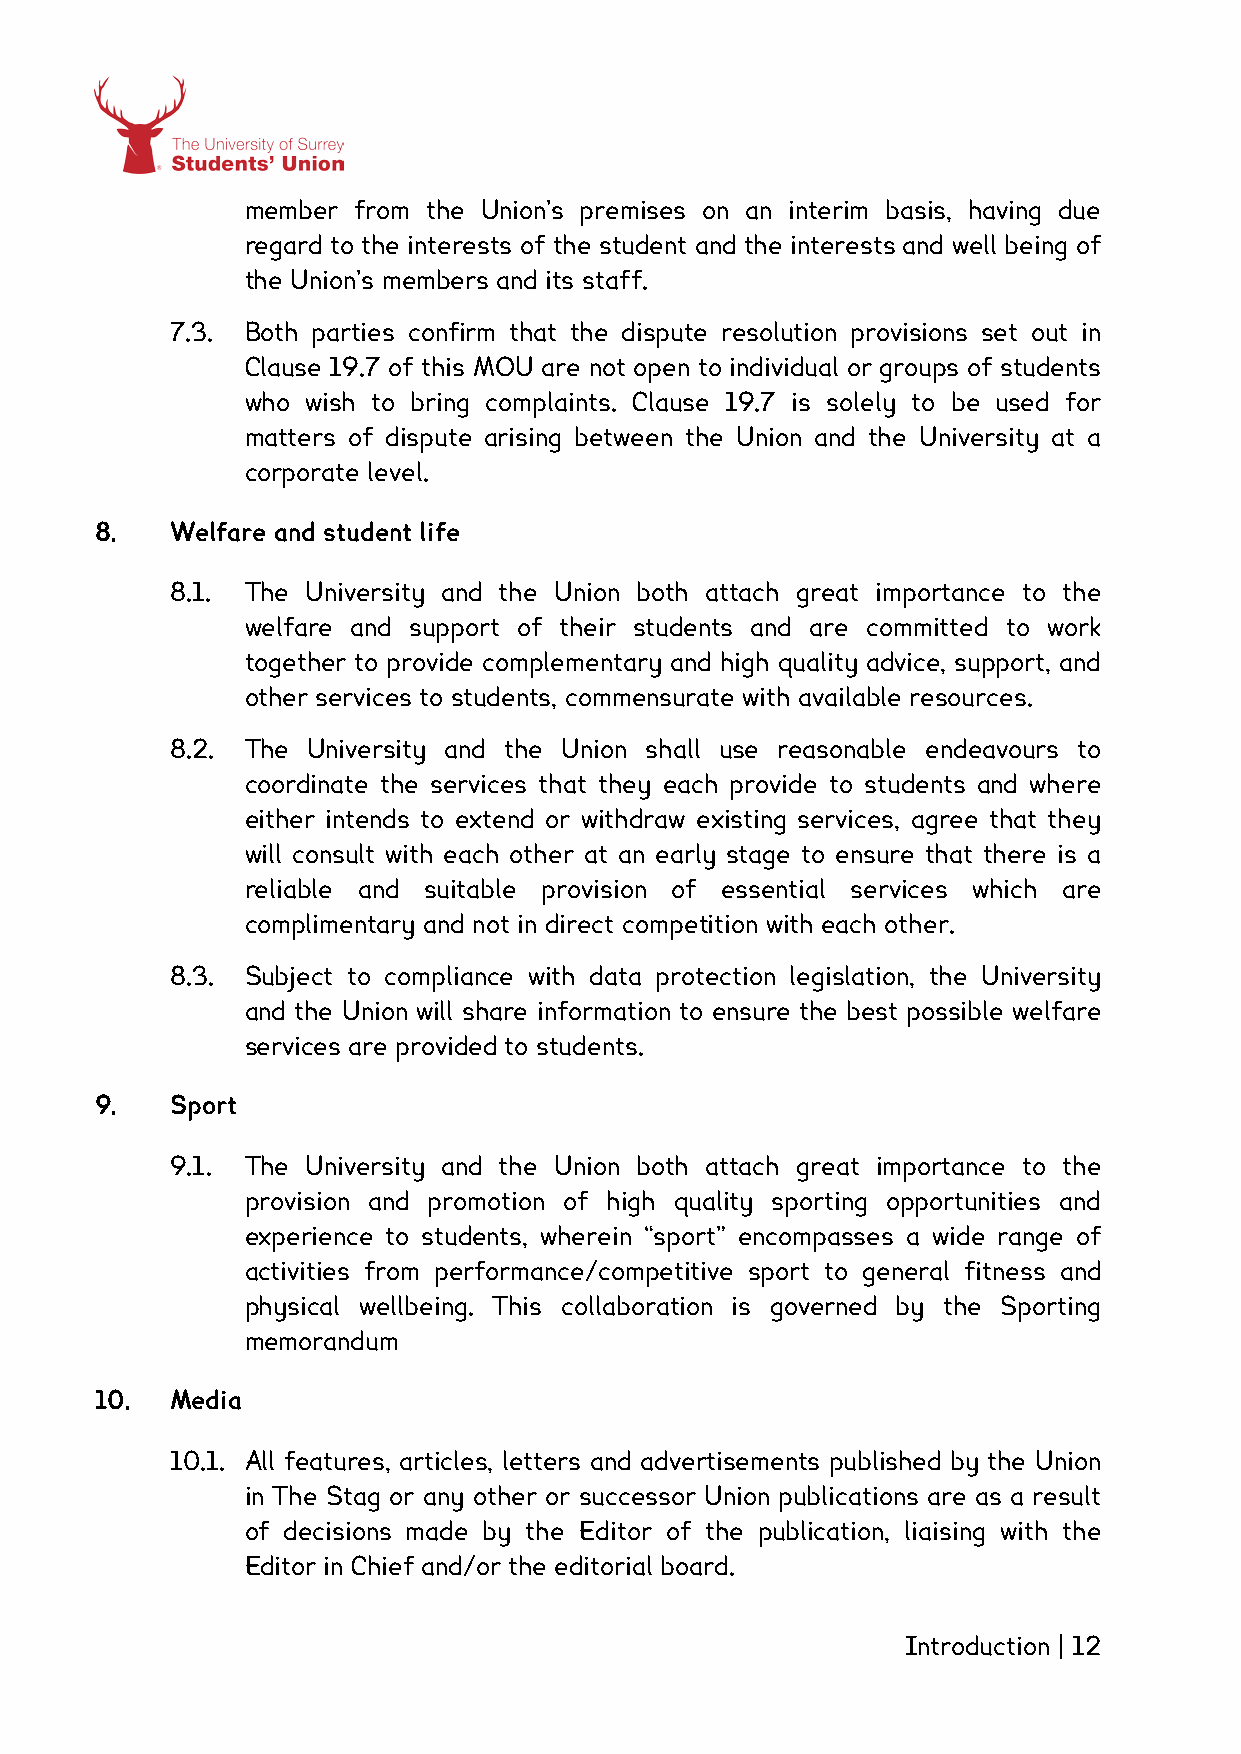
member from the Union’s premises on an interim basis, having due
 regard to the interests of the student and the interests and well being of
 the Union’s members and its staff.
 7.3. Both parties confirm that the dispute resolution provisions set out in
 Clause 19.7 of this MOU are not open to individual or groups of students
 who wish to bring complaints. Clause 19.7 is solely to be used for
 matters of dispute arising between the Union and the University at a
 corporate level.
 8.   Welfare and student life
 8.1. The University and the Union both attach great importance to the
 welfare and support of their students and are committed to work
 together to provide complementary and high quality advice, support, and
 other services to students, commensurate with available resources.
 8.2. The University and the Union shall use reasonable endeavours to
 coordinate the services that they each provide to students and where
 either intends to extend or withdraw existing services, agree that they
 will consult with each other at an early stage to ensure that there is a
 reliable and suitable provision of essential services which are
 complimentary and not in direct competition with each other.
 8.3. Subject to compliance with data protection legislation, the University
 and the Union will share information to ensure the best possible welfare
 services are provided to students.
 9.   Sport
 9.1. The University and the Union both attach great importance to the
 provision and promotion of high quality sporting opportunities and
 experience to students, wherein “sport” encompasses a wide range of
 activities from performance/competitive sport to general fitness and
 physical wellbeing. This collaboration is governed by the Sporting
 memorandum
 10.  Media
 10.1. All features, articles, letters and advertisements published by the Union
 in The Stag or any other or successor Union publications are as a result
 of decisions made by the Editor of the publication, liaising with the
 Editor in Chief and/or the editorial board.
 Introduction | 12